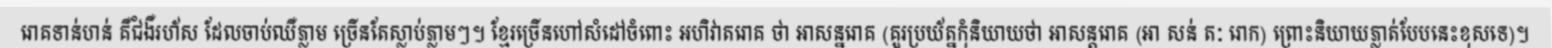
រោគទាន់ហន់ គឺជំងឺរហ័ស ដែលចាប់ឈឺភ្លាម ច្រើនតែស្លាប់ភ្លាមៗ។ ខ្មែរច្រើនហៅសំដៅចំពោះ អហិវាតរោគ ថា អាសន្នរោគ (គួរប្រយ័ត្នកុំនិយាយថា អាសន្តរោគ (អា សន់ តៈ រោក) ព្រោះនិយាយភ្លាត់បែបនេះខុសទេ)។